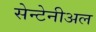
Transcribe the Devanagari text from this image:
सेन्टेनीअल